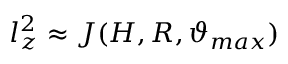
l _ { z } ^ { 2 } \approx J ( H , R , \vartheta _ { m a x } )